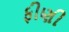
ફીણી